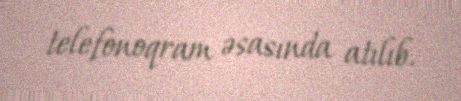
telefonoqram əsasında atılıb.